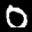
Label: 0